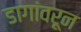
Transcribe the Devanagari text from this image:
डागांवरून